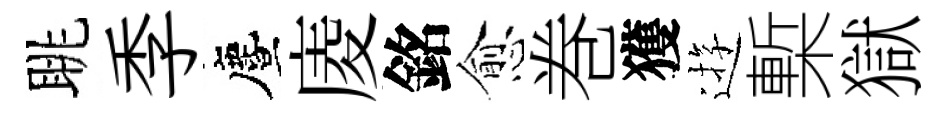
眺季󵨌庱銘愈巻獲逰槧獄